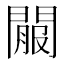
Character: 𨵟